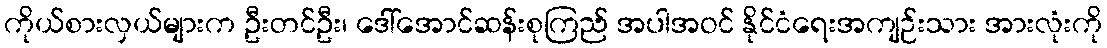
ကိုယ်စားလှယ်များက ဦးတင်ဦး၊ ဒေါ်အောင်ဆန်းစုကြည် အပါအဝင် နိုင်ငံရေးအကျဉ်းသား အားလုံးကို